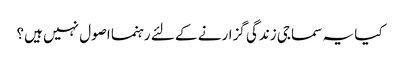
کیا یہ سماجی زندگی گزارنے کے لئے رہنما اصول نہیں ہیں؟